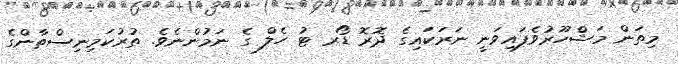
މިތަން މަޝްހޫރުވެފައިވަނީ ނަރަަކައިގެ ދޮރޮ ޑޯރ ޓު ހެލް ގެ ނަމުންނެވެ. ތުރުކަމިނިސްތާންގެ